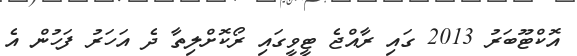
އޮކްޓޫބަރު 2013 ގައި ރާއްޖެ ޓީވީގައި ރޯކޮށްލިތާ ދެ އަހަރު ފަހުން އެ